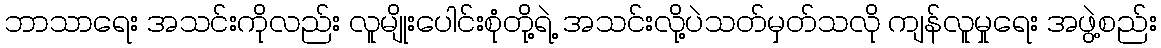
ဘာသာရေး အသင်းကိုလည်း လူမျိုးပေါင်းစုံတို့ရဲ့ အသင်းလို့ပဲသတ်မှတ်သလို ကျန်လူမှုရေး အဖွဲ့စည်း